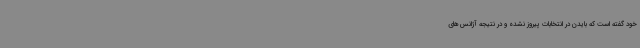
خود گفته است که بایدن در انتخابات پیروز نشده و در نتیجه آژانس‌های